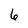
Character: 6